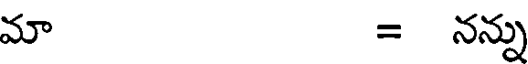
మా = నన్న